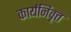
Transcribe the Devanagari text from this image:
कार्यनिवृत्त